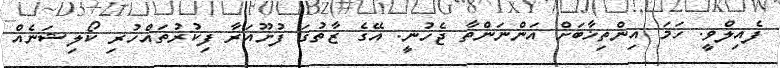
ފެއިލްވީ. ހަމަ އިންތިޚާބަށް އަންނަންތާ ޖެހުނީ. އޭގެ ޒާތުގަ ފުށޫއަރާ ފިކުރުތައްހުރި ކޯލިޝަނެއް